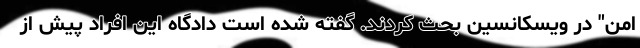
امن" در ویسکانسین بحث کردند. گفته شده است دادگاه این افراد پیش از